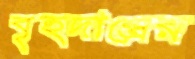
বৃহদান্ত্রের